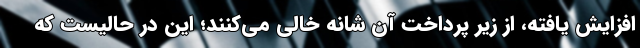
افزایش یافته، از زیر پرداخت آن شانه خالی می‌کنند؛ این در حالیست که